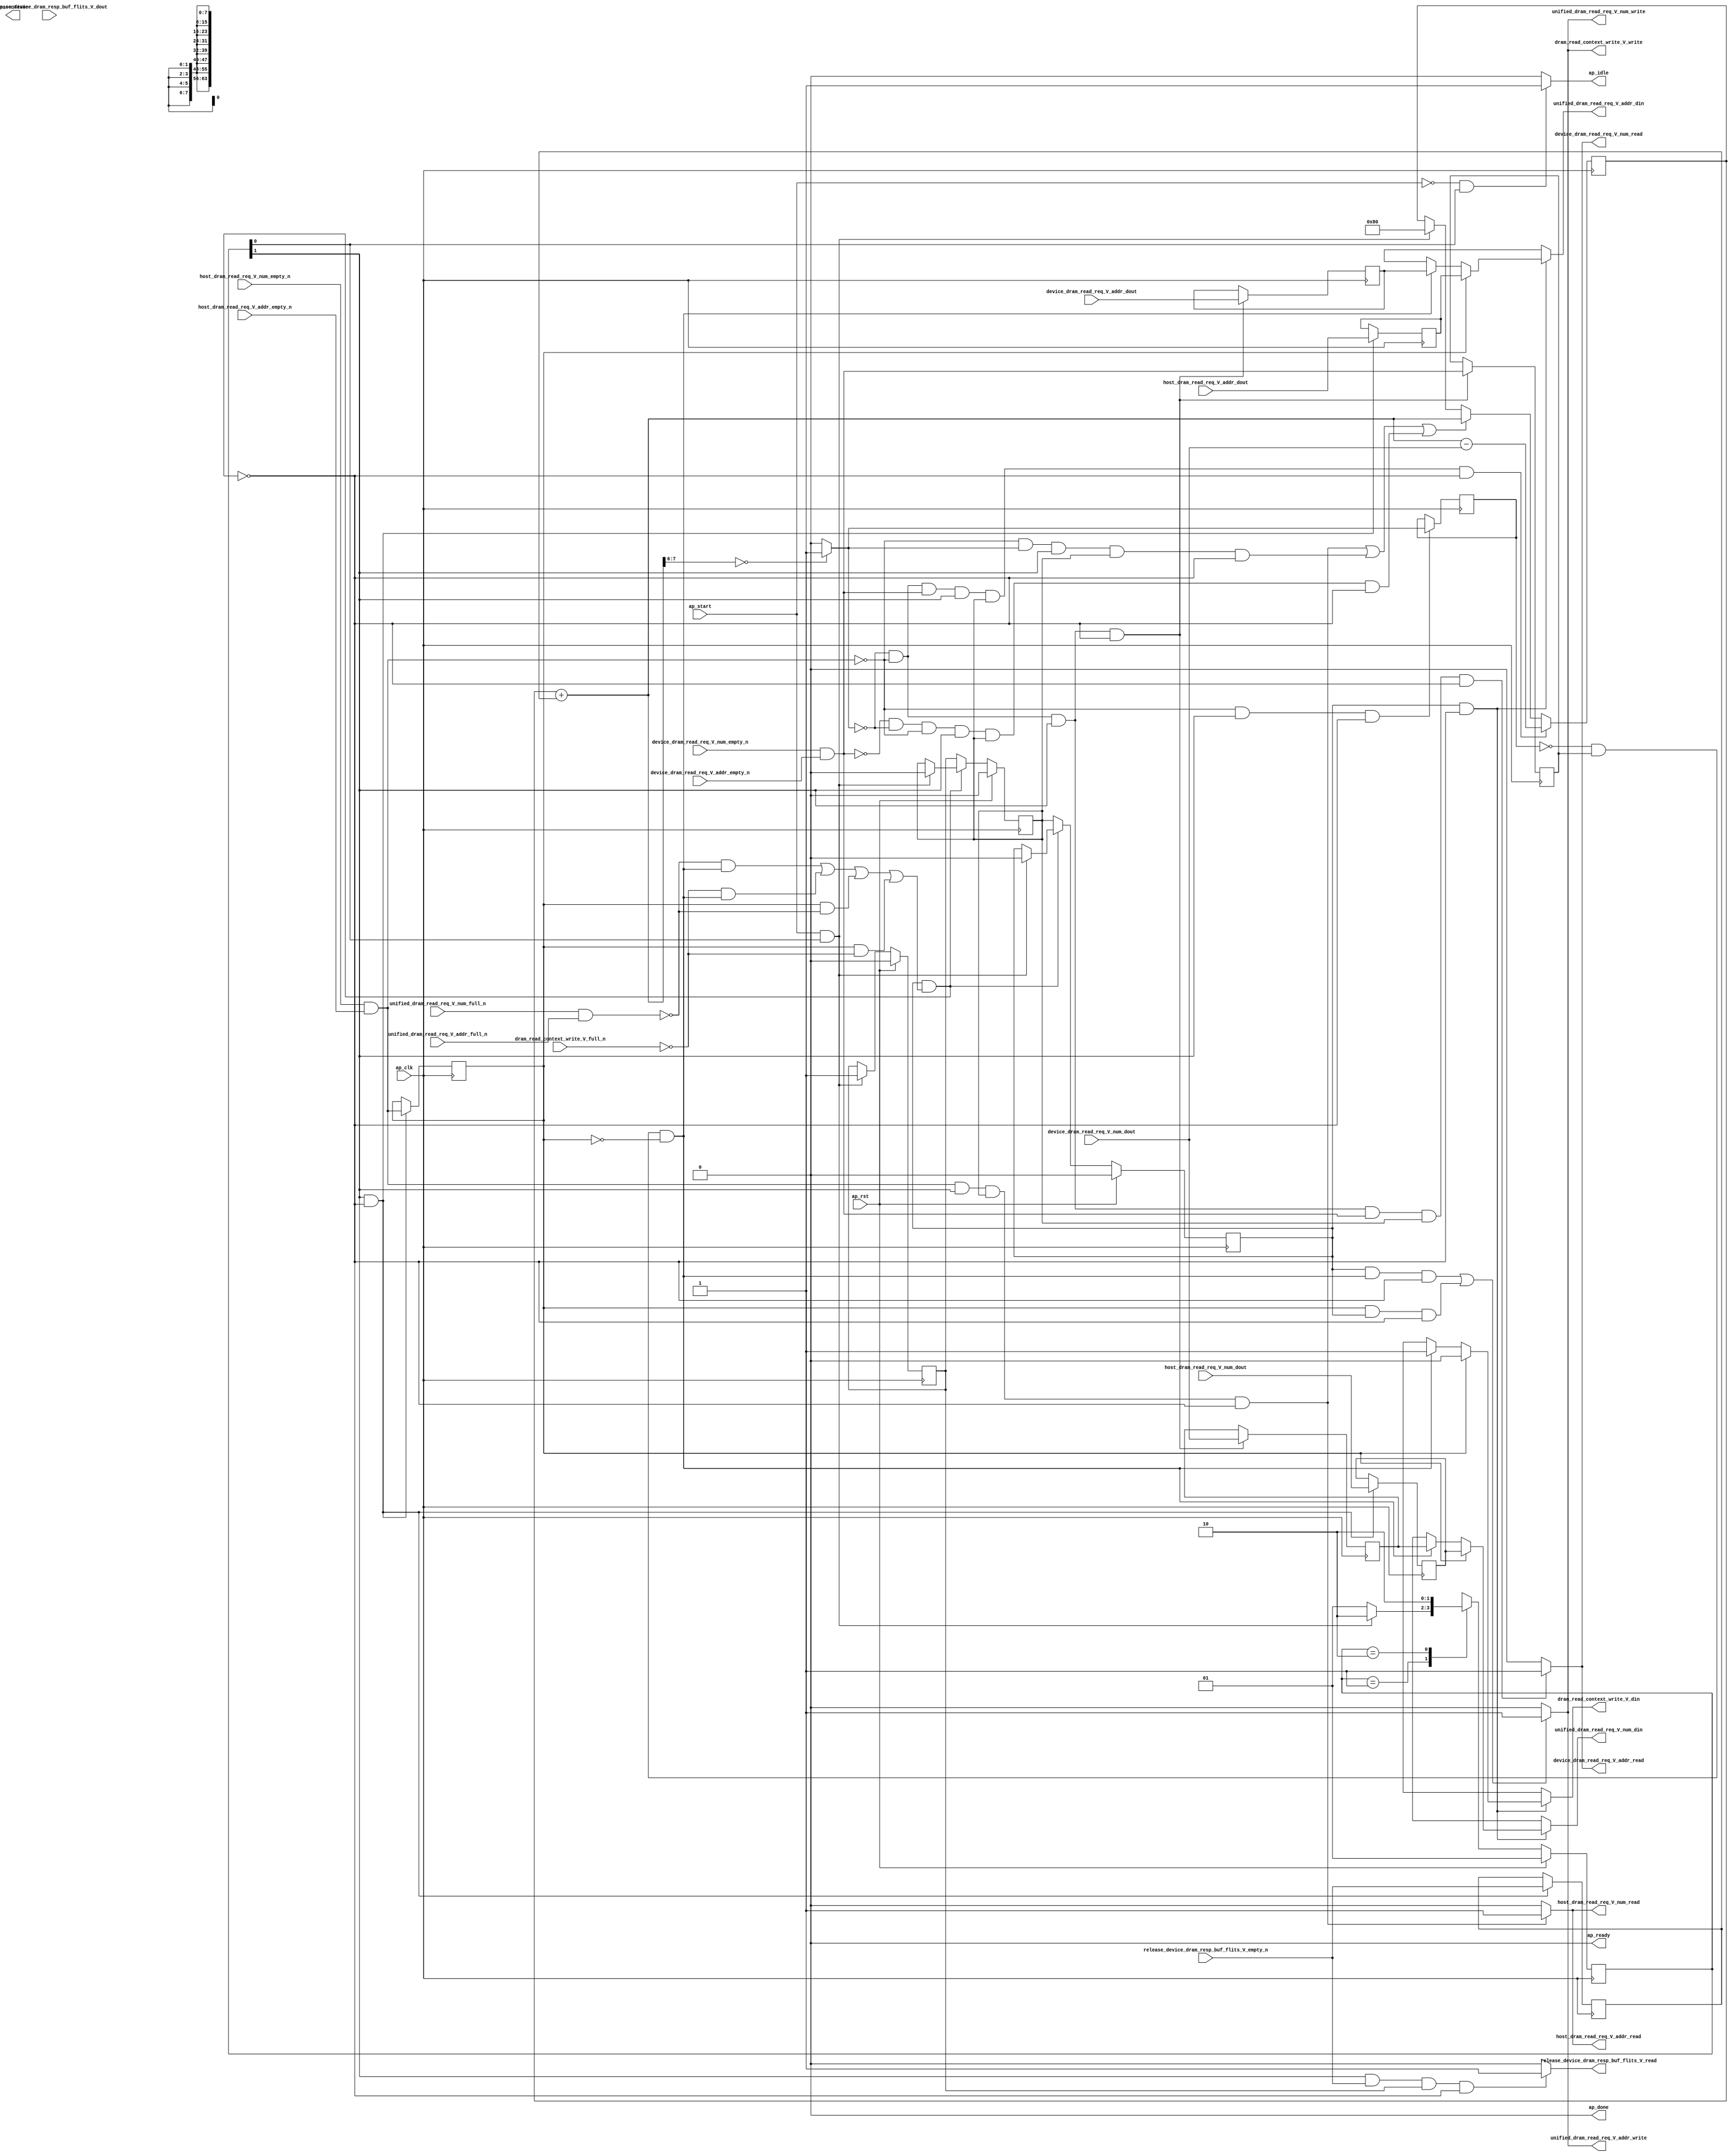
// ==============================================================
// RTL generated by Vivado(TM) HLS - High-Level Synthesis from C, C++ and SystemC
// Version: 2017.4.op
// Copyright (C) 1986-2018 Xilinx, Inc. All Rights Reserved.
// 
// ===========================================================

`timescale 1 ns / 1 ps 

(* CORE_GENERATION_INFO="dram_read_req_multiplexer,hls_ip_2017_4_op,{HLS_INPUT_TYPE=cxx,HLS_INPUT_FLOAT=0,HLS_INPUT_FIXED=0,HLS_INPUT_PART=xcvu9p-flgb2104-2-i,HLS_INPUT_CLOCK=4.000000,HLS_INPUT_ARCH=others,HLS_SYN_CLOCK=2.780250,HLS_SYN_LAT=-1,HLS_SYN_TPT=none,HLS_SYN_MEM=0,HLS_SYN_DSP=0,HLS_SYN_FF=161,HLS_SYN_LUT=221}" *)

module dram_read_req_multiplexer (
        ap_clk,
        ap_rst,
        ap_start,
        ap_done,
ap_continue,
        ap_idle,
        ap_ready,
        host_dram_read_req_V_num_dout,
        host_dram_read_req_V_num_empty_n,
        host_dram_read_req_V_num_read,
        host_dram_read_req_V_addr_dout,
        host_dram_read_req_V_addr_empty_n,
        host_dram_read_req_V_addr_read,
        device_dram_read_req_V_num_dout,
        device_dram_read_req_V_num_empty_n,
        device_dram_read_req_V_num_read,
        device_dram_read_req_V_addr_dout,
        device_dram_read_req_V_addr_empty_n,
        device_dram_read_req_V_addr_read,
        unified_dram_read_req_V_num_din,
        unified_dram_read_req_V_num_full_n,
        unified_dram_read_req_V_num_write,
        unified_dram_read_req_V_addr_din,
        unified_dram_read_req_V_addr_full_n,
        unified_dram_read_req_V_addr_write,
        release_device_dram_resp_buf_flits_V_dout,
        release_device_dram_resp_buf_flits_V_empty_n,
        release_device_dram_resp_buf_flits_V_read,
        dram_read_context_write_V_din,
        dram_read_context_write_V_full_n,
        dram_read_context_write_V_write
);

parameter    ap_ST_fsm_state1 = 2'd1;
parameter    ap_ST_fsm_pp0_stage0 = 2'd2;

input   ap_clk;
input   ap_rst;
input   ap_start;
output   ap_done;
output   ap_idle;
output ap_ready; output ap_continue;
input  [7:0] host_dram_read_req_V_num_dout;
input   host_dram_read_req_V_num_empty_n;
output   host_dram_read_req_V_num_read;
input  [63:0] host_dram_read_req_V_addr_dout;
input   host_dram_read_req_V_addr_empty_n;
output   host_dram_read_req_V_addr_read;
input  [7:0] device_dram_read_req_V_num_dout;
input   device_dram_read_req_V_num_empty_n;
output   device_dram_read_req_V_num_read;
input  [63:0] device_dram_read_req_V_addr_dout;
input   device_dram_read_req_V_addr_empty_n;
output   device_dram_read_req_V_addr_read;
output  [7:0] unified_dram_read_req_V_num_din;
input   unified_dram_read_req_V_num_full_n;
output   unified_dram_read_req_V_num_write;
output  [63:0] unified_dram_read_req_V_addr_din;
input   unified_dram_read_req_V_addr_full_n;
output   unified_dram_read_req_V_addr_write;
input   release_device_dram_resp_buf_flits_V_dout;
input   release_device_dram_resp_buf_flits_V_empty_n;
output   release_device_dram_resp_buf_flits_V_read;
output   dram_read_context_write_V_din;
input   dram_read_context_write_V_full_n;
output   dram_read_context_write_V_write;

reg ap_idle;
reg[7:0] unified_dram_read_req_V_num_din;
reg[63:0] unified_dram_read_req_V_addr_din;
reg release_device_dram_resp_buf_flits_V_read;
reg dram_read_context_write_V_din;
reg dram_read_context_write_V_write;

(* fsm_encoding = "none" *) reg   [1:0] ap_CS_fsm;
wire    ap_CS_fsm_state1;
reg    unified_dram_read_req_V_num_blk_n;
reg    ap_enable_reg_pp0_iter2;
wire    ap_block_pp0_stage0;
reg   [0:0] empty_n_3_reg_299;
reg   [0:0] icmp_reg_313;
reg   [0:0] empty_n_4_reg_317;
reg    unified_dram_read_req_V_addr_blk_n;
reg    dram_read_context_write_V_blk_n;
reg   [0:0] release_device_dram_resp_buf_flits_V_read_reg_294_0;
wire    ap_CS_fsm_pp0_stage0;
wire    ap_block_state2_pp0_stage0_iter0;
wire    ap_block_state3_pp0_stage0_iter1;
reg    ap_predicate_op51_write_state4;
wire    unified_dram_read_req_V_num1_status;
reg    ap_block_state4_pp0_stage0_iter2;
reg    ap_block_pp0_stage0_11001;
wire   [0:0] empty_n_3_fu_235_p1;
reg   [7:0] tmp_num_reg_303;
reg   [63:0] tmp_addr_reg_308;
wire   [0:0] icmp_fu_257_p2;
wire   [0:0] empty_n_4_fu_263_p1;
reg   [7:0] tmp_num_2_reg_321;
reg   [63:0] tmp_addr_2_reg_326;
reg    ap_enable_reg_pp0_iter0;
reg    ap_enable_reg_pp0_iter1;
reg    ap_block_pp0_stage0_subdone;
reg    host_dram_read_req_V_num0_update;
wire   [0:0] empty_n_1_nbread_fu_174_p3_0;
reg    device_dram_read_req_V_num0_update;
wire   [0:0] empty_n_2_nbread_fu_182_p3_0;
reg    ap_block_pp0_stage0_01001;
reg    unified_dram_read_req_V_num1_update;
reg   [7:0] available_device_dram_resp_buf_flits_fu_164;
wire   [7:0] available_device_dram_resp_buf_flits_1_fu_228_p2;
wire   [7:0] available_device_dram_resp_buf_flits_2_fu_275_p2;
wire   [7:0] tmp_1_fu_224_p1;
wire   [1:0] tmp_fu_247_p4;
reg   [1:0] ap_NS_fsm;
reg    ap_idle_pp0;
wire    ap_enable_pp0;

// power-on initialization
initial begin
#0 ap_CS_fsm = 2'd1;
#0 ap_enable_reg_pp0_iter2 = 1'b0;
#0 ap_enable_reg_pp0_iter0 = 1'b0;
#0 ap_enable_reg_pp0_iter1 = 1'b0;
end

always @ (posedge ap_clk) begin
    if (ap_rst == 1'b1) begin
        ap_CS_fsm <= ap_ST_fsm_state1;
    end else begin
        ap_CS_fsm <= ap_NS_fsm;
    end
end

always @ (posedge ap_clk) begin
    if (ap_rst == 1'b1) begin
        ap_enable_reg_pp0_iter0 <= 1'b0;
    end else begin
        if (((ap_start == 1'b1) & (1'b1 == ap_CS_fsm_state1))) begin
            ap_enable_reg_pp0_iter0 <= 1'b1;
        end
    end
end

always @ (posedge ap_clk) begin
    if (ap_rst == 1'b1) begin
        ap_enable_reg_pp0_iter1 <= 1'b0;
    end else begin
        if ((1'b0 == ap_block_pp0_stage0_subdone)) begin
            ap_enable_reg_pp0_iter1 <= ap_enable_reg_pp0_iter0;
        end else if (((ap_start == 1'b1) & (1'b1 == ap_CS_fsm_state1))) begin
            ap_enable_reg_pp0_iter1 <= 1'b0;
        end
    end
end

always @ (posedge ap_clk) begin
    if (ap_rst == 1'b1) begin
        ap_enable_reg_pp0_iter2 <= 1'b0;
    end else begin
        if ((1'b0 == ap_block_pp0_stage0_subdone)) begin
            ap_enable_reg_pp0_iter2 <= ap_enable_reg_pp0_iter1;
        end else if (((ap_start == 1'b1) & (1'b1 == ap_CS_fsm_state1))) begin
            ap_enable_reg_pp0_iter2 <= 1'b0;
        end
    end
end

always @ (posedge ap_clk) begin
    if (((icmp_fu_257_p2 == 1'd0) & (empty_n_3_fu_235_p1 == 1'd0) & (empty_n_4_fu_263_p1 == 1'd1) & (1'b1 == ap_CS_fsm_pp0_stage0) & (ap_enable_reg_pp0_iter1 == 1'b1) & (1'b0 == ap_block_pp0_stage0_11001))) begin
        available_device_dram_resp_buf_flits_fu_164 <= available_device_dram_resp_buf_flits_2_fu_275_p2;
    end else if ((((empty_n_3_fu_235_p1 == 1'd1) & (1'b1 == ap_CS_fsm_pp0_stage0) & (ap_enable_reg_pp0_iter1 == 1'b1) & (1'b0 == ap_block_pp0_stage0_11001)) | ((empty_n_3_fu_235_p1 == 1'd0) & (icmp_fu_257_p2 == 1'd1) & (1'b1 == ap_CS_fsm_pp0_stage0) & (ap_enable_reg_pp0_iter1 == 1'b1) & (1'b0 == ap_block_pp0_stage0_11001)) | ((empty_n_4_fu_263_p1 == 1'd0) & (icmp_fu_257_p2 == 1'd0) & (empty_n_3_fu_235_p1 == 1'd0) & (1'b1 == ap_CS_fsm_pp0_stage0) & (ap_enable_reg_pp0_iter1 == 1'b1) & (1'b0 == ap_block_pp0_stage0_11001)))) begin
        available_device_dram_resp_buf_flits_fu_164 <= available_device_dram_resp_buf_flits_1_fu_228_p2;
    end else if (((ap_start == 1'b1) & (1'b1 == ap_CS_fsm_state1))) begin
        available_device_dram_resp_buf_flits_fu_164 <= 8'd128;
    end
end

always @ (posedge ap_clk) begin
    if (((1'b1 == ap_CS_fsm_pp0_stage0) & (1'b0 == ap_block_pp0_stage0_11001))) begin
        empty_n_3_reg_299 <= empty_n_1_nbread_fu_174_p3_0;
        release_device_dram_resp_buf_flits_V_read_reg_294_0 <= release_device_dram_resp_buf_flits_V_empty_n;
        tmp_addr_reg_308 <= host_dram_read_req_V_addr_dout;
        tmp_num_reg_303 <= host_dram_read_req_V_num_dout;
    end
end

always @ (posedge ap_clk) begin
    if (((icmp_fu_257_p2 == 1'd0) & (empty_n_3_fu_235_p1 == 1'd0) & (1'b1 == ap_CS_fsm_pp0_stage0) & (1'b0 == ap_block_pp0_stage0_11001))) begin
        empty_n_4_reg_317 <= empty_n_2_nbread_fu_182_p3_0;
        tmp_addr_2_reg_326 <= device_dram_read_req_V_addr_dout;
        tmp_num_2_reg_321 <= device_dram_read_req_V_num_dout;
    end
end

always @ (posedge ap_clk) begin
    if (((empty_n_3_fu_235_p1 == 1'd0) & (1'b1 == ap_CS_fsm_pp0_stage0) & (1'b0 == ap_block_pp0_stage0_11001))) begin
        icmp_reg_313 <= icmp_fu_257_p2;
    end
end

always @ (*) begin
    if (((ap_start == 1'b0) & (1'b1 == ap_CS_fsm_state1))) begin
        ap_idle = 1'b1;
    end else begin
        ap_idle = 1'b0;
    end
end

always @ (*) begin
    if (((ap_enable_reg_pp0_iter2 == 1'b0) & (ap_enable_reg_pp0_iter1 == 1'b0) & (ap_enable_reg_pp0_iter0 == 1'b0))) begin
        ap_idle_pp0 = 1'b1;
    end else begin
        ap_idle_pp0 = 1'b0;
    end
end

always @ (*) begin
    if (((icmp_fu_257_p2 == 1'd0) & (empty_n_3_fu_235_p1 == 1'd0) & (1'b1 == ap_CS_fsm_pp0_stage0) & ((device_dram_read_req_V_num_empty_n & device_dram_read_req_V_addr_empty_n) == 1'b1) & (ap_enable_reg_pp0_iter1 == 1'b1) & (1'b0 == ap_block_pp0_stage0_11001))) begin
        device_dram_read_req_V_num0_update = 1'b1;
    end else begin
        device_dram_read_req_V_num0_update = 1'b0;
    end
end

always @ (*) begin
    if ((((icmp_reg_313 == 1'd0) & (empty_n_4_reg_317 == 1'd1) & (empty_n_3_reg_299 == 1'd0) & (1'b0 == ap_block_pp0_stage0) & (ap_enable_reg_pp0_iter2 == 1'b1)) | ((empty_n_3_reg_299 == 1'd1) & (1'b0 == ap_block_pp0_stage0) & (ap_enable_reg_pp0_iter2 == 1'b1)))) begin
        dram_read_context_write_V_blk_n = dram_read_context_write_V_full_n;
    end else begin
        dram_read_context_write_V_blk_n = 1'b1;
    end
end

always @ (*) begin
    if (((ap_enable_reg_pp0_iter2 == 1'b1) & (1'b0 == ap_block_pp0_stage0_01001))) begin
        if ((empty_n_3_reg_299 == 1'd1)) begin
            dram_read_context_write_V_din = 1'd0;
        end else if ((ap_predicate_op51_write_state4 == 1'b1)) begin
            dram_read_context_write_V_din = 1'd1;
        end else begin
            dram_read_context_write_V_din = 'bx;
        end
    end else begin
        dram_read_context_write_V_din = 'bx;
    end
end

always @ (*) begin
    if ((((ap_enable_reg_pp0_iter2 == 1'b1) & (ap_predicate_op51_write_state4 == 1'b1) & (1'b0 == ap_block_pp0_stage0_11001)) | ((empty_n_3_reg_299 == 1'd1) & (ap_enable_reg_pp0_iter2 == 1'b1) & (1'b0 == ap_block_pp0_stage0_11001)))) begin
        dram_read_context_write_V_write = 1'b1;
    end else begin
        dram_read_context_write_V_write = 1'b0;
    end
end

always @ (*) begin
    if (((1'b1 == ap_CS_fsm_pp0_stage0) & ((host_dram_read_req_V_num_empty_n & host_dram_read_req_V_addr_empty_n) == 1'b1) & (ap_enable_reg_pp0_iter1 == 1'b1) & (1'b0 == ap_block_pp0_stage0_11001))) begin
        host_dram_read_req_V_num0_update = 1'b1;
    end else begin
        host_dram_read_req_V_num0_update = 1'b0;
    end
end

always @ (*) begin
    if (((1'b1 == ap_CS_fsm_pp0_stage0) & (release_device_dram_resp_buf_flits_V_empty_n == 1'b1) & (ap_enable_reg_pp0_iter0 == 1'b1) & (1'b0 == ap_block_pp0_stage0_11001))) begin
        release_device_dram_resp_buf_flits_V_read = 1'b1;
    end else begin
        release_device_dram_resp_buf_flits_V_read = 1'b0;
    end
end

always @ (*) begin
    if ((((icmp_reg_313 == 1'd0) & (empty_n_4_reg_317 == 1'd1) & (empty_n_3_reg_299 == 1'd0) & (1'b0 == ap_block_pp0_stage0) & (ap_enable_reg_pp0_iter2 == 1'b1)) | ((empty_n_3_reg_299 == 1'd1) & (1'b0 == ap_block_pp0_stage0) & (ap_enable_reg_pp0_iter2 == 1'b1)))) begin
        unified_dram_read_req_V_addr_blk_n = unified_dram_read_req_V_addr_full_n;
    end else begin
        unified_dram_read_req_V_addr_blk_n = 1'b1;
    end
end

always @ (*) begin
    if (((ap_enable_reg_pp0_iter2 == 1'b1) & (1'b0 == ap_block_pp0_stage0_01001))) begin
        if ((empty_n_3_reg_299 == 1'd1)) begin
            unified_dram_read_req_V_addr_din = tmp_addr_reg_308;
        end else if ((ap_predicate_op51_write_state4 == 1'b1)) begin
            unified_dram_read_req_V_addr_din = tmp_addr_2_reg_326;
        end else begin
            unified_dram_read_req_V_addr_din = 'bx;
        end
    end else begin
        unified_dram_read_req_V_addr_din = 'bx;
    end
end

always @ (*) begin
    if ((((ap_enable_reg_pp0_iter2 == 1'b1) & (ap_predicate_op51_write_state4 == 1'b1) & (1'b0 == ap_block_pp0_stage0_11001)) | ((empty_n_3_reg_299 == 1'd1) & (ap_enable_reg_pp0_iter2 == 1'b1) & (1'b0 == ap_block_pp0_stage0_11001)))) begin
        unified_dram_read_req_V_num1_update = 1'b1;
    end else begin
        unified_dram_read_req_V_num1_update = 1'b0;
    end
end

always @ (*) begin
    if ((((icmp_reg_313 == 1'd0) & (empty_n_4_reg_317 == 1'd1) & (empty_n_3_reg_299 == 1'd0) & (1'b0 == ap_block_pp0_stage0) & (ap_enable_reg_pp0_iter2 == 1'b1)) | ((empty_n_3_reg_299 == 1'd1) & (1'b0 == ap_block_pp0_stage0) & (ap_enable_reg_pp0_iter2 == 1'b1)))) begin
        unified_dram_read_req_V_num_blk_n = unified_dram_read_req_V_num_full_n;
    end else begin
        unified_dram_read_req_V_num_blk_n = 1'b1;
    end
end

always @ (*) begin
    if (((ap_enable_reg_pp0_iter2 == 1'b1) & (1'b0 == ap_block_pp0_stage0_01001))) begin
        if ((empty_n_3_reg_299 == 1'd1)) begin
            unified_dram_read_req_V_num_din = tmp_num_reg_303;
        end else if ((ap_predicate_op51_write_state4 == 1'b1)) begin
            unified_dram_read_req_V_num_din = tmp_num_2_reg_321;
        end else begin
            unified_dram_read_req_V_num_din = 'bx;
        end
    end else begin
        unified_dram_read_req_V_num_din = 'bx;
    end
end

always @ (*) begin
    case (ap_CS_fsm)
        ap_ST_fsm_state1 : begin
            if (((ap_start == 1'b1) & (1'b1 == ap_CS_fsm_state1))) begin
                ap_NS_fsm = ap_ST_fsm_pp0_stage0;
            end else begin
                ap_NS_fsm = ap_ST_fsm_state1;
            end
        end
        ap_ST_fsm_pp0_stage0 : begin
            ap_NS_fsm = ap_ST_fsm_pp0_stage0;
        end
        default : begin
            ap_NS_fsm = 'bx;
        end
    endcase
end

assign ap_CS_fsm_pp0_stage0 = ap_CS_fsm[32'd1];

assign ap_CS_fsm_state1 = ap_CS_fsm[32'd0];

assign ap_block_pp0_stage0 = ~(1'b1 == 1'b1);

always @ (*) begin
    ap_block_pp0_stage0_01001 = ((ap_enable_reg_pp0_iter2 == 1'b1) & (((unified_dram_read_req_V_num1_status == 1'b0) & (ap_predicate_op51_write_state4 == 1'b1)) | ((dram_read_context_write_V_full_n == 1'b0) & (ap_predicate_op51_write_state4 == 1'b1)) | ((empty_n_3_reg_299 == 1'd1) & (unified_dram_read_req_V_num1_status == 1'b0)) | ((empty_n_3_reg_299 == 1'd1) & (dram_read_context_write_V_full_n == 1'b0))));
end

always @ (*) begin
    ap_block_pp0_stage0_11001 = ((ap_enable_reg_pp0_iter2 == 1'b1) & (((unified_dram_read_req_V_num1_status == 1'b0) & (ap_predicate_op51_write_state4 == 1'b1)) | ((dram_read_context_write_V_full_n == 1'b0) & (ap_predicate_op51_write_state4 == 1'b1)) | ((empty_n_3_reg_299 == 1'd1) & (unified_dram_read_req_V_num1_status == 1'b0)) | ((empty_n_3_reg_299 == 1'd1) & (dram_read_context_write_V_full_n == 1'b0))));
end

always @ (*) begin
    ap_block_pp0_stage0_subdone = ((ap_enable_reg_pp0_iter2 == 1'b1) & (((unified_dram_read_req_V_num1_status == 1'b0) & (ap_predicate_op51_write_state4 == 1'b1)) | ((dram_read_context_write_V_full_n == 1'b0) & (ap_predicate_op51_write_state4 == 1'b1)) | ((empty_n_3_reg_299 == 1'd1) & (unified_dram_read_req_V_num1_status == 1'b0)) | ((empty_n_3_reg_299 == 1'd1) & (dram_read_context_write_V_full_n == 1'b0))));
end

assign ap_block_state2_pp0_stage0_iter0 = ~(1'b1 == 1'b1);

assign ap_block_state3_pp0_stage0_iter1 = ~(1'b1 == 1'b1);

always @ (*) begin
    ap_block_state4_pp0_stage0_iter2 = (((unified_dram_read_req_V_num1_status == 1'b0) & (ap_predicate_op51_write_state4 == 1'b1)) | ((dram_read_context_write_V_full_n == 1'b0) & (ap_predicate_op51_write_state4 == 1'b1)) | ((empty_n_3_reg_299 == 1'd1) & (unified_dram_read_req_V_num1_status == 1'b0)) | ((empty_n_3_reg_299 == 1'd1) & (dram_read_context_write_V_full_n == 1'b0)));
end

assign ap_done = 1'b0;

assign ap_enable_pp0 = (ap_idle_pp0 ^ 1'b1);

always @ (*) begin
    ap_predicate_op51_write_state4 = ((icmp_reg_313 == 1'd0) & (empty_n_4_reg_317 == 1'd1) & (empty_n_3_reg_299 == 1'd0));
end

assign ap_ready = 1'b0;

assign available_device_dram_resp_buf_flits_1_fu_228_p2 = (available_device_dram_resp_buf_flits_fu_164 + tmp_1_fu_224_p1);

assign available_device_dram_resp_buf_flits_2_fu_275_p2 = (available_device_dram_resp_buf_flits_1_fu_228_p2 - device_dram_read_req_V_num_dout);

assign device_dram_read_req_V_addr_read = device_dram_read_req_V_num0_update;

assign device_dram_read_req_V_num_read = device_dram_read_req_V_num0_update;

assign empty_n_1_nbread_fu_174_p3_0 = (host_dram_read_req_V_num_empty_n & host_dram_read_req_V_addr_empty_n);

assign empty_n_2_nbread_fu_182_p3_0 = (device_dram_read_req_V_num_empty_n & device_dram_read_req_V_addr_empty_n);

assign empty_n_3_fu_235_p1 = empty_n_1_nbread_fu_174_p3_0;

assign empty_n_4_fu_263_p1 = empty_n_2_nbread_fu_182_p3_0;

assign host_dram_read_req_V_addr_read = host_dram_read_req_V_num0_update;

assign host_dram_read_req_V_num_read = host_dram_read_req_V_num0_update;

assign icmp_fu_257_p2 = ((tmp_fu_247_p4 == 2'd0) ? 1'b1 : 1'b0);

assign tmp_1_fu_224_p1 = release_device_dram_resp_buf_flits_V_read_reg_294_0;

assign tmp_fu_247_p4 = {{available_device_dram_resp_buf_flits_1_fu_228_p2[7:6]}};

assign unified_dram_read_req_V_addr_write = unified_dram_read_req_V_num1_update;

assign unified_dram_read_req_V_num1_status = (unified_dram_read_req_V_num_full_n & unified_dram_read_req_V_addr_full_n);

assign unified_dram_read_req_V_num_write = unified_dram_read_req_V_num1_update;

endmodule //dram_read_req_multiplexer